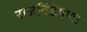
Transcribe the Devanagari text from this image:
राजबिंडेपणा